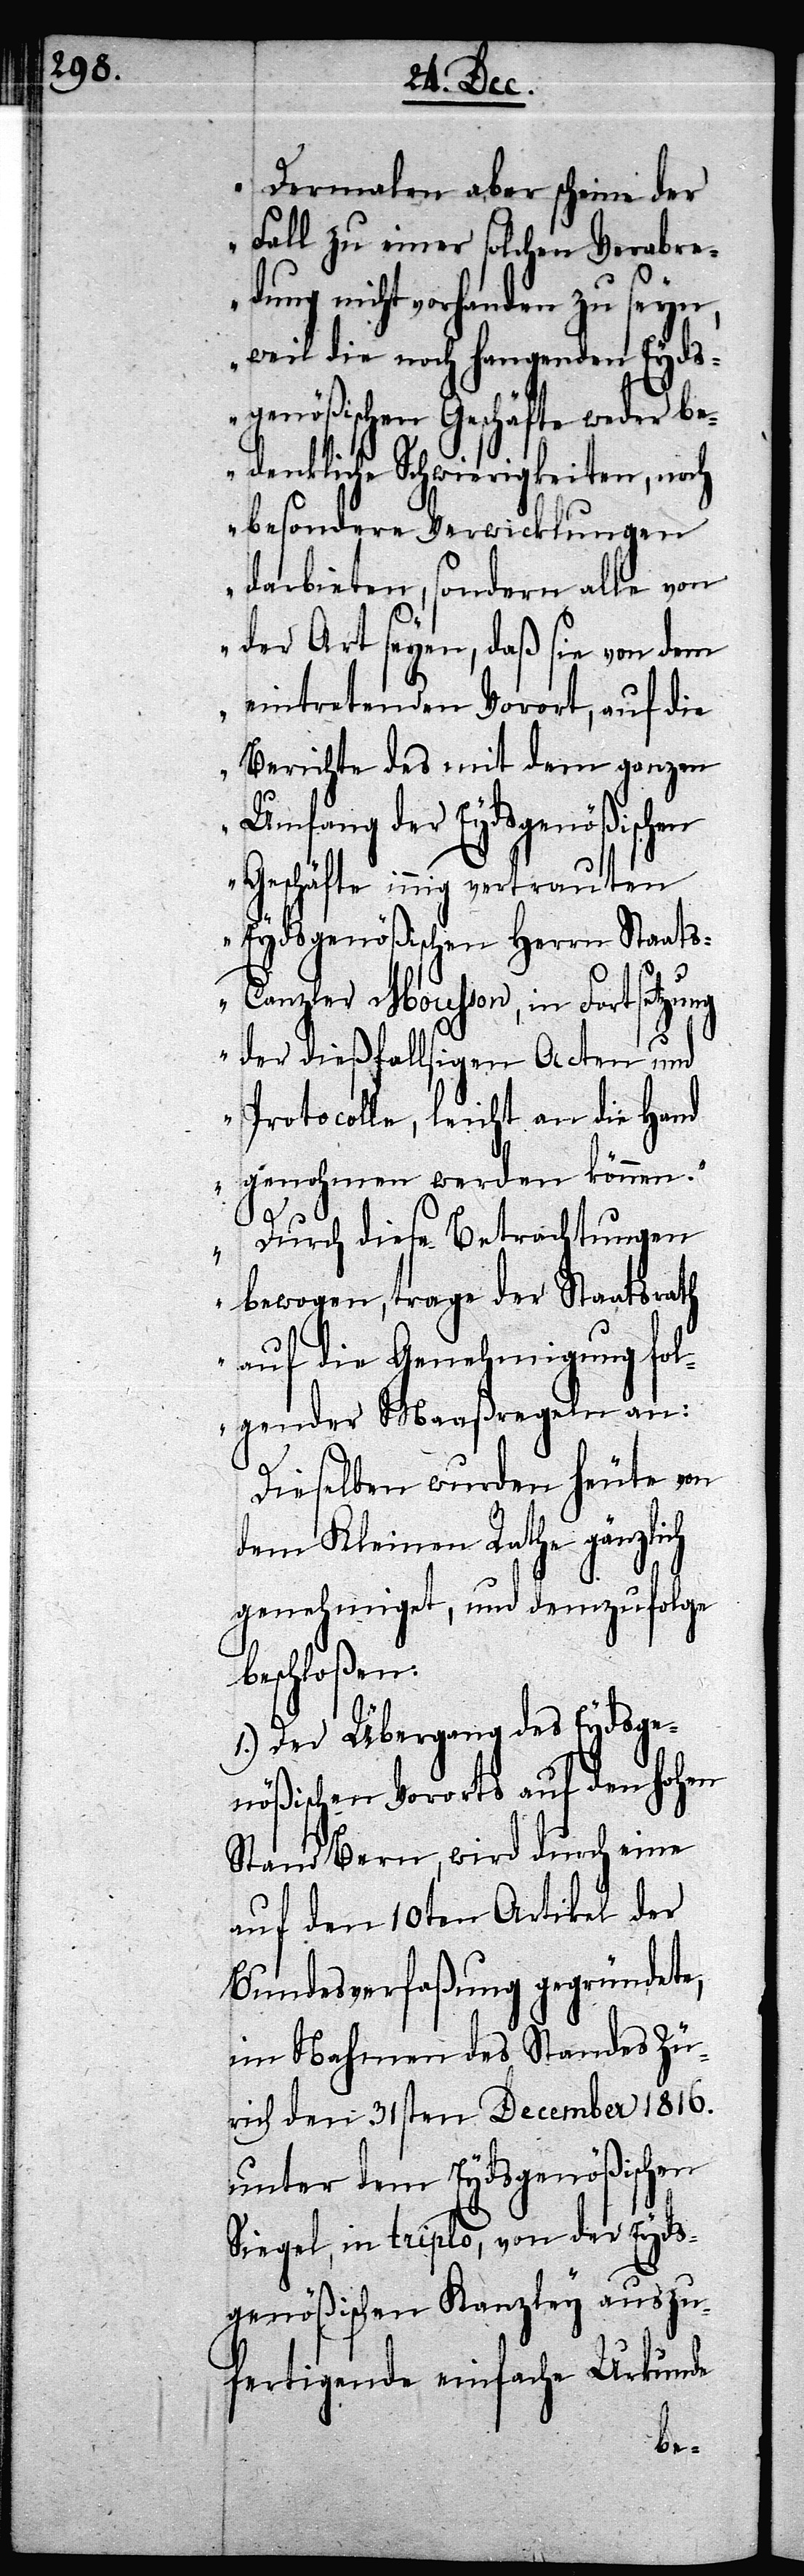
Dermalen aber scheine der
Fall zu einer solchen Verabre¬
dung nicht vorhanden zu seyn,
weil die noch hangenden Eyds¬
genößischen Geschäfte weder be¬
denkliche Schwierigkeiten, noch
besondere Verwicklungen
darbieten, sondern alle von
der Art seyen, daß sie von dem
eintretenden Vorort, auf die
Berichte des mit dem ganzen
Umfang der Eydsgenößischen
Geschäfte innig vertrauten
Eydsgenößischen Herrn Staat¬
s-Canzler Mousson, in Fortsetzung
der dießfallsigen Acten und
Protocolle, leicht an die Hand
genohmen werden können.“
Durch diese Betrachtungen
bewogen, trage der Staatsrath
auf die Genehmigung fol¬
gender Maaßregeln an:
Dieselben wurden heute von
dem Kleinen Rathe gänzlich
genehmiget, und demzufolge
beschloßen:
1.) Der Übergang des Eydsge¬
nößischen Vororts auf den hohen
Stand Bern, wird durch eine
auf den 10ten Artikel der
Bundesverfaßung gegründete,
im Nahmen des Standes Zü¬
rich den 31sten December 1816.
unter dem Eydsgenößischen
Siegel, in triplo, von der Eyds¬
genößischen Kanzley auszu¬
fertigende einfache Urkunde